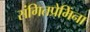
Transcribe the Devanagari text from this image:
संगितप्रेमिंना